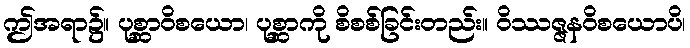
ဤအရာ၌။ ပုစ္ဆာဝိစယော၊ ပုစ္ဆာကို စိစစ်ခြင်းတည်း။ ဝိဿဇ္ဇနဝိစယောပိ၊